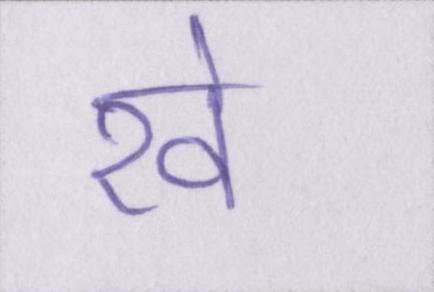
रवे